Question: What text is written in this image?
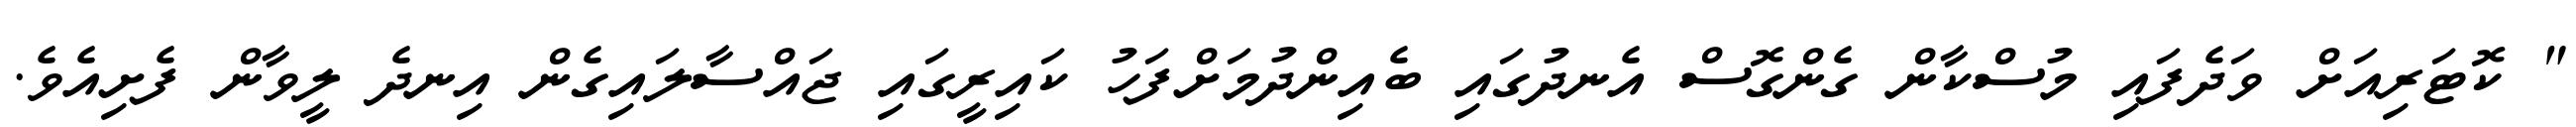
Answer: " ކޮޓަރިއަށް ވަދެފައި މުސްކާން ގެންގޮސް އެނދުގައި ބެއިންދުމަށްފަހު ކައިރީގައި ޖައްސާލައިގެން އިނދެ ލީވާން ފެށިއެވެ.